Insane asylums Bombay 1873-77 - 1873-1877
Year: 1873
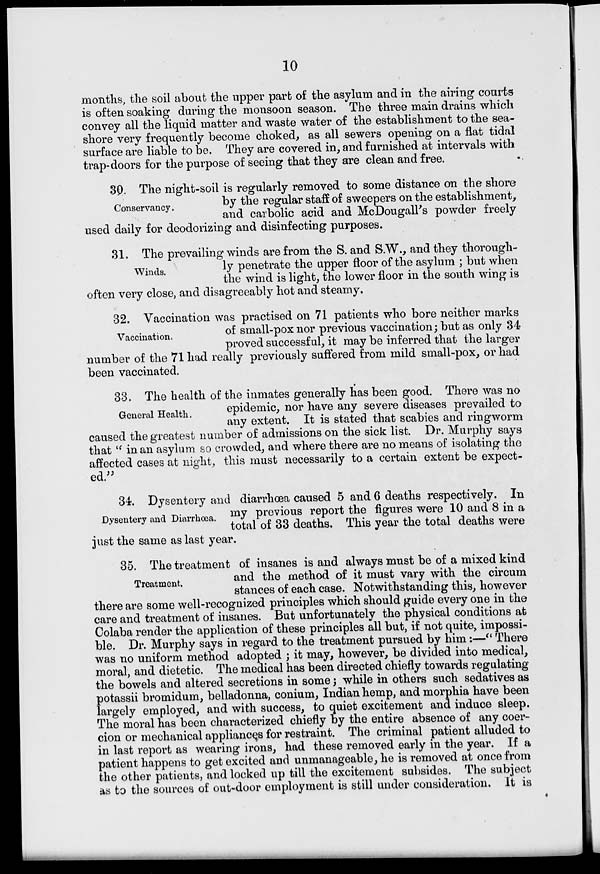
10
months, the soil about the upper part of the asylum and in the airing courts
is often soaking during the monsoon season. The three main drains which
convey all the liquid matter and waste water of the establishment to the sea-
shore very frequently become choked, as all sewers opening on a flat tidal
surface are liable to be. They are covered in, and furnished at intervals with
trap-doors for the purpose of seeing that they are clean and free.
Conservancy.
30. The night-soil is regularly removed to some distance on the shore
by the regular staff of sweepers on the establishment,
and carbolic acid and McDougall's powder freely
used daily for deodorizing and disinfecting purposes.
Winds.
31. The prevailing winds are from the S. and S.W., and they thorough-
ly penetrate the upper floor of the asylum ; but when
the wind is light, the lower floor in the south wing is
often very close, and disagreeably hot and steamy.
Vaccination.
32. Vaccination was practised on 71 patients who bore neither marks
of small-pox nor previous vaccination; but as only 34
proved successful, it may be inferred that the larger
number of the 71 had really previously suffered from mild small-pox, or had
been vaccinated.
General Health.
33. The health of the inmates generally has been good. There was no
epidemic, nor have any severe diseases prevailed to
any extent. It is stated that scabies and ringworm
caused the greatest number of admissions on the sick list. Dr. Murphy says
that "in an asylum so crowded, and where there are no means of isolating the
affected cases at night, this must necessarily to a certain extent be expect-
ed."
Dysentery and Diarrhœa.
34. Dysentery and diarrhœa caused 5 and 6 deaths respectively. In
my previous report the figures were 10 and 8 in a
total of 33 deaths. This year the total deaths were
just the same as last year.
Treatment.
35. The treatment of insanes is and always must be of a mixed kind
and the method of it must vary with the circum
stances of each case. Notwithstanding this, however
there are some well-recognized principles which should guide every one in the
care and treatment of insanes. But unfortunately the physical conditions at
Colaba render the application of these principles all but, if not quite, impossi-
ble. Dr. Murphy says in regard to the treatment pursued by him:—"There
was no uniform method adopted ; it may, however, be divided into medical,
moral, and dietetic. The medical has been directed chiefly towards regulating
the bowels and altered secretions in some; while in others such sedatives as
potassii bromidum, belladonna, conium, Indian hemp, and morphia have been
largely employed, and with success, to quiet excitement and induce sleep.
The moral has been characterized chiefly by the entire absence of any coer-
cion or mechanical appliances for restraint. The criminal patient alluded to
in last report as wearing irons, had these removed early in the year. If a
patient happens to get excited and unmanageable, he is removed at once from
the other patients, and locked up till the excitement subsides. The subject
as to the sources of out-door employment is still under consideration. It is